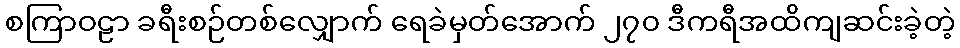
စကြာဝဠာ ခရီးစဉ်တစ်လျှောက် ရေခဲမှတ်အောက် ၂၇၀ ဒီကရီအထိကျဆင်းခဲ့တဲ့